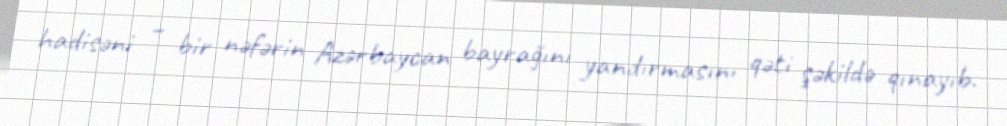
hadisəni – bir nəfərin Azərbaycan bayrağını yandırmasını qəti şəkildə qınayıb.